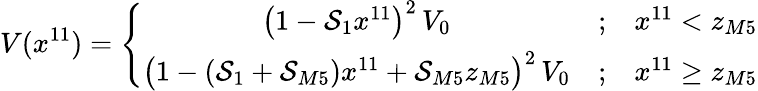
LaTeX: V(x^{11})=\left\{ \begin{array}{ccc}{{\left(1-{\cal S}_{1}x^{11}\right)^{2}\, V_{0}}}&{{;}}&{{x^{11}<z_{M5}}}\\ {{\big(1-({\cal S}_{1}+{\cal S}_{M5})x^{11}+{\cal S}_{M5}z_{M5}\big)^{2}\, V_{0}}}&{{;}}&{{x^{11}\ge z_{M5}}}\end{array}\right.